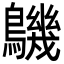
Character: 𪅹